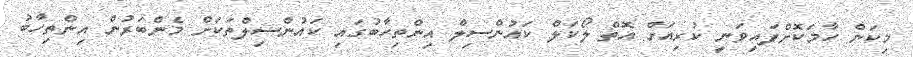
މިކަން ހާމަކޮށްފައިވަނީ ކުރިއަށް އޮތް ލޯކަލް ކައުންސިލް އިންތިހާބުގައި ކައުންސިލްތަކަށް މެންބަރުން އިންތިހާބު